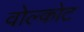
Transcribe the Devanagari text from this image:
वोल्कोट